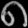
Digit: ၈